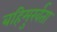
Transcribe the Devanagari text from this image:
बहिमुर्खता